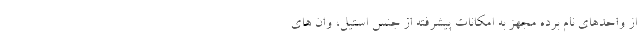
از واحدهای نام برده مجهز به امکانات پیشرفته از جنس استیل، وان های